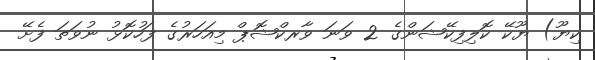
ކިޔޫ) ޔޫކޭ ކޮލިފިކޭޝަންގެ 2 ވަނަ ވާރކްޝޮޕް މިއަހަރުގެ ފަހުކޮޅު ނުވަތަ ފެށޭ